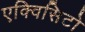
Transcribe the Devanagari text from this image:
एक्विसिटो